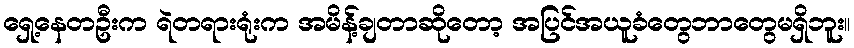
ရှေ့နေတဦးက ရဲတရားရုံးက အမိန့်ချတာဆိုတော့ အပြင်အယူခံတွေဘာတွေမရှိဘူး။